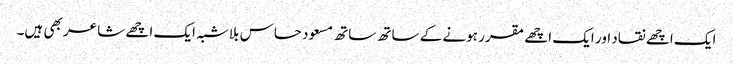
ایک اچھے نقاد اور ایک اچھے مقرر ہونے کے ساتھ ساتھ مسعود حساس بلاشبہ ایک اچھے شاعر بھی ہیں۔